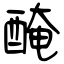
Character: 醃